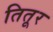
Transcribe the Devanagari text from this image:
तितूर